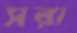
সরা